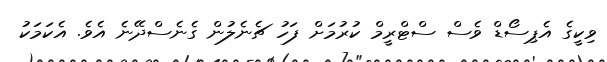
ވިކީގެ އެޕިސޯޑް ވެސް ސްޓްރީމް ކުރުމަށް ފަހު ޗެނެލުން ގެނެސްދޭނެ އެވެ. އެކަމަކު